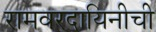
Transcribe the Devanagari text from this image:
रामवरदायिनीची